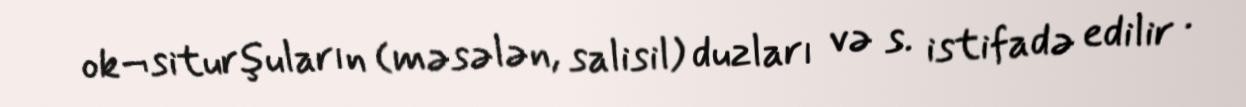
ok¬siturşuların (məsələn, salisil) duzları və s. istifadə edilir .